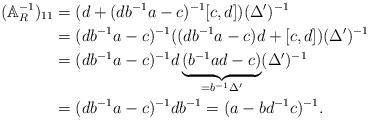
LaTeX: \begin{align*} (\mathbb{A}^{-1}_R)_{11}&= (d+(db^{-1}a-c)^{-1}[c,d])(\Delta')^{-1} \\&=(db^{-1}a-c)^{-1}((db^{-1}a-c)d+[c,d])(\Delta')^{-1}\\&=(db^{-1}a-c)^{-1}d\underbrace{(b^{-1}ad-c)}_{=b^{-1}\Delta'}(\Delta')^{-1}\\ &=(db^{-1}a-c)^{-1}db^{-1}=(a-bd^{-1}c)^{-1}. \end{align*}